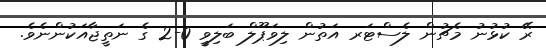
ރޭ ކުޅުނު މެޗުން ލެސްޓަރ އަތުން ލިވަޕޫލް ބަލިވީ 0-2 ގެ ނަތީޖާއަކުންނެވެ.